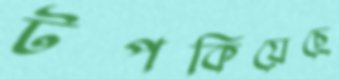
টপকিয়েছে